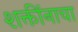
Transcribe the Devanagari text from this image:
शक्तींनाचा